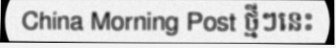
China Morning Post ថ្មីៗនេះ